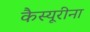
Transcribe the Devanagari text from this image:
कैस्यूरीना